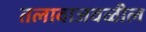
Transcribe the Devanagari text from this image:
तलावाजवळील